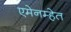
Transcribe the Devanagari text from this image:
एमेनम्हेत